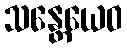
သန္တေယေဝ